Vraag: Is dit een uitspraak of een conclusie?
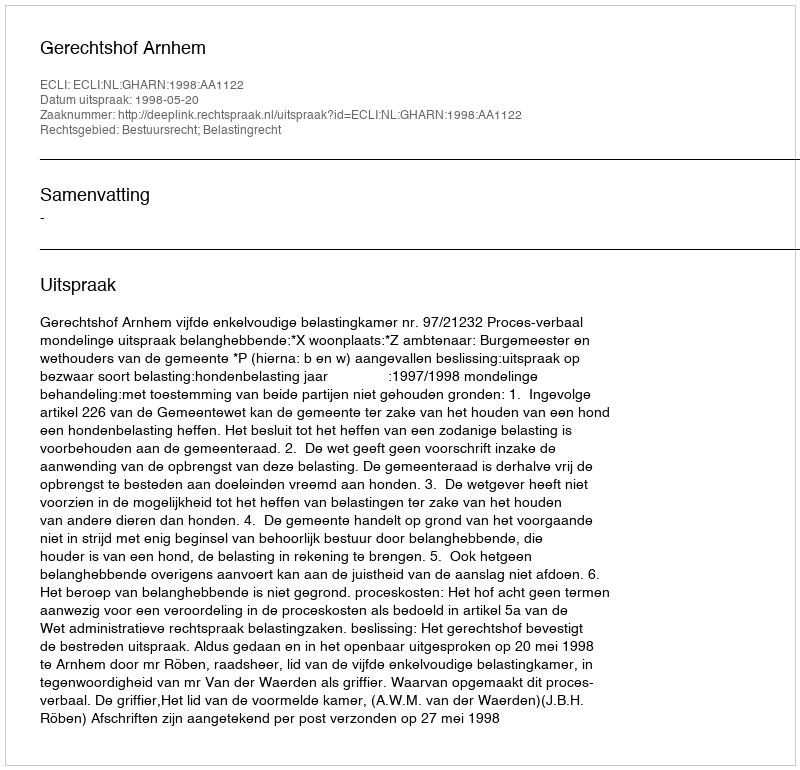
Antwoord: Uitspraak